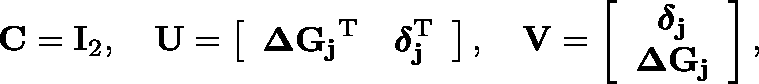
\mathbf { C } = \mathbf { I } _ { 2 } , \ \ \ \mathbf { U } = \left[ \begin{array} { c c } { \mathbf { \Delta G _ { j } } ^ { \mathrm { T } } } & { \boldsymbol { \delta } _ { \mathbf { j } } ^ { \mathrm { T } } } \end{array} \right] , \ \ \ \mathbf { V } = \left[ \begin{array} { c } { \boldsymbol { \delta } _ { \mathbf { j } } } \\ { \mathbf { \Delta G _ { j } } } \end{array} \right] ,